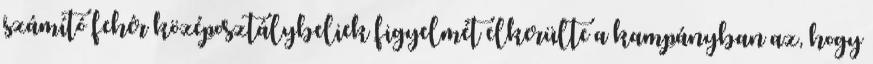
számító fehér középosztálybeliek figyelmét elkerülte a kampányban az, hogy